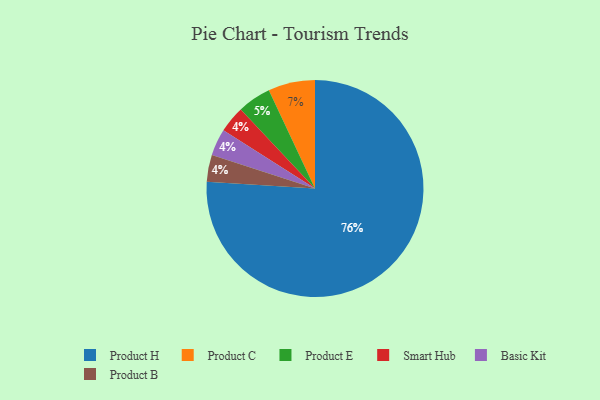
{"axis": {"x": "Category", "y": "Percentage"}, "legend": ["Basic Kit", "Product B", "Product C", "Product E", "Product H", "Smart Hub"], "data": [{"x": "Smart Hub", "y": 4, "type": "Smart Hub"}, {"x": "Basic Kit", "y": 4, "type": "Basic Kit"}, {"x": "Product C", "y": 7, "type": "Product C"}, {"x": "Product H", "y": 76, "type": "Product H"}, {"x": "Product B", "y": 4, "type": "Product B"}, {"x": "Product E", "y": 5, "type": "Product E"}]}